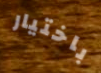
باختيار